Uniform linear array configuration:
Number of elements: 48
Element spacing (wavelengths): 0.75
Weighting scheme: hann
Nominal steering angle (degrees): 0
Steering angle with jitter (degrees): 1.444
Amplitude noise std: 0.05
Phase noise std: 0.05

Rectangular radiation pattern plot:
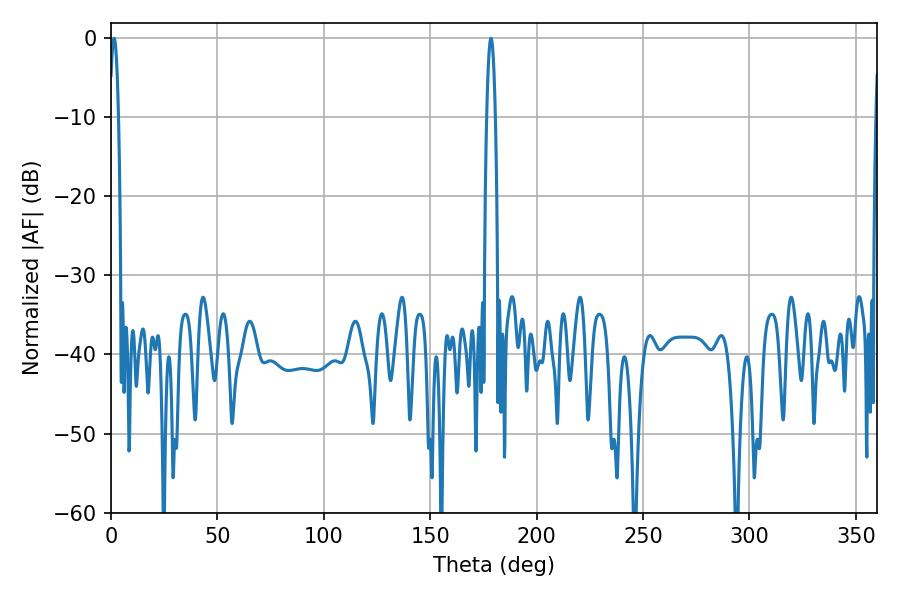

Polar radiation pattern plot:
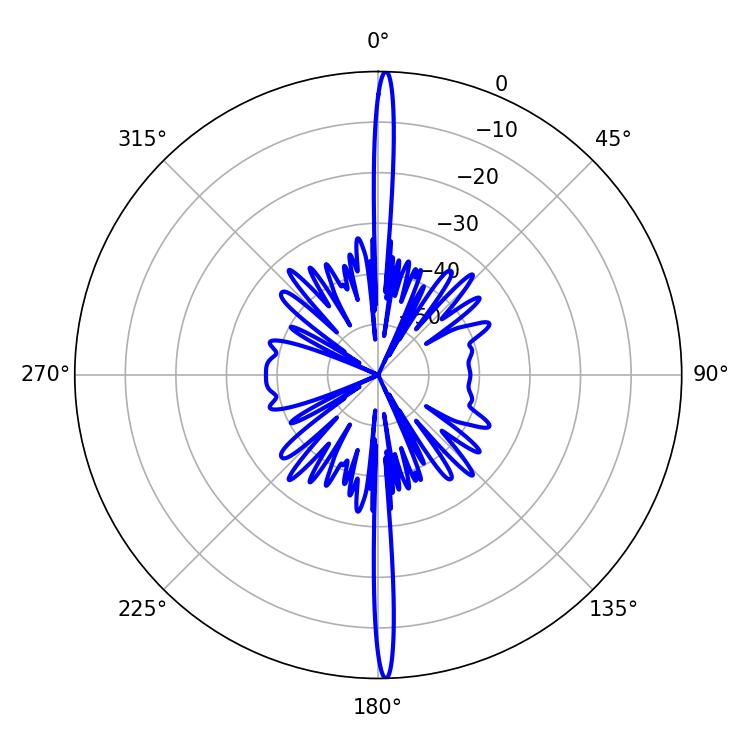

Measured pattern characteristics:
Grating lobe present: TRUE
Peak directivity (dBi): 29.672
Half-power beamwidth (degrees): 2.16
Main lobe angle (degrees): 1.44